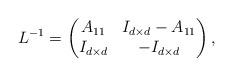
LaTeX: \begin{align*}L^{-1}=\begin{pmatrix}A_{11} & I_{d\times d}-A_{11}\\I_{d\times d} & -I_{d\times d}\end{pmatrix},\end{align*}